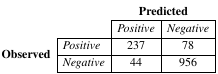
<table><thead><tr><td rowspan="2" colspan="2"></td><td colspan="2"><b>Predicted</b></td></tr><tr><td><b><i>Positive</i></b></td><td><b><i>Negative</i></b></td></tr></thead><tbody><tr><td rowspan="2"><b>Observed</b></td><td><i>Positive</i></td><td>237</td><td>78</td></tr><tr><td><i>Negative</i></td><td>44</td><td>956</td></tr></tbody></table>